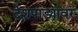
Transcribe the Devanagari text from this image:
देशपांड्यांवर